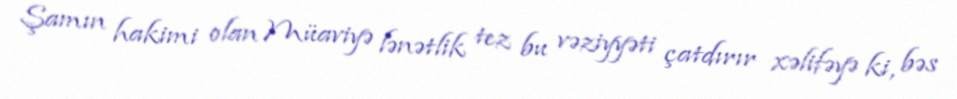
Şamın hakimi olan Müaviyə lənətlik tez bu vəziyyəti çatdırır xəlifəyə ki, bəs